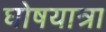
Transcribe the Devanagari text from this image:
घोषयात्रा